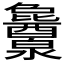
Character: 𬉱